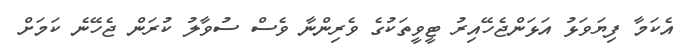
އެކަމާ ފިޔަވަޅު އަޅަންޖެހޭއިރު ޓީވީތަކުގެ ވެރިންނާ ވެސް ސުވާލު ކުރަން ޖެހޭނެ ކަމަށް